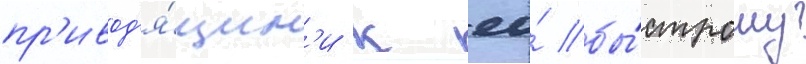
пр'ивод'я́щим'и к ео́ бы́строму